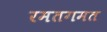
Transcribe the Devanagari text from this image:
रमतगमत